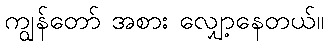
ကျွန်တော် အစား လျှော့နေတယ်။